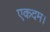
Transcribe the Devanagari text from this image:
एकदम।